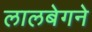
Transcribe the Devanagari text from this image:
लालबेगने